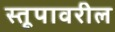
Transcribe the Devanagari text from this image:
स्तूपावरील